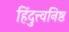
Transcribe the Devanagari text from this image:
हिंदुत्त्वनिष्ठ